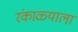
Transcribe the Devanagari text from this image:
रंकाळ्याला